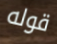
قوله